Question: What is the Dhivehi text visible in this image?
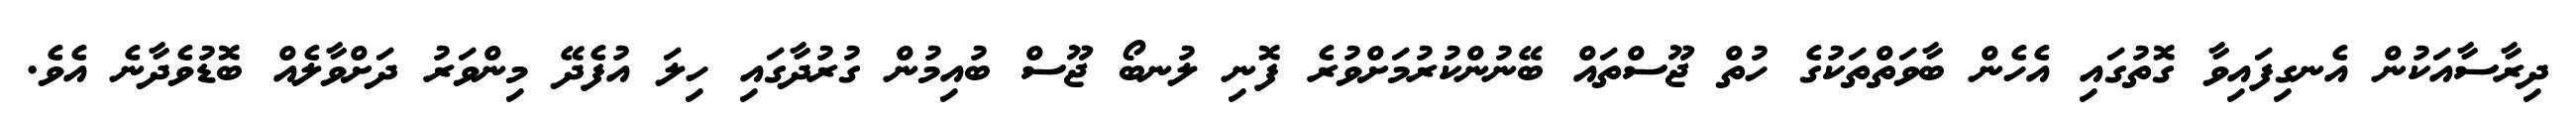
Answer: ދިރާސާއަކުން އެނގިފައިވާ ގޮތުގައި އެހެން ބާވަތްތަކުގެ ހުތް ޖޫސްތައް ބޭނުންކުރުމަށްވުރެ ފޮނި ލުނބޯ ޖޫސް ބުއިމުން ގުރުދާގައި ހިލަ އުފެދޭ މިންވަރު ދަށްވާލެއް ބޮޑުވެދާނެ އެވެ.